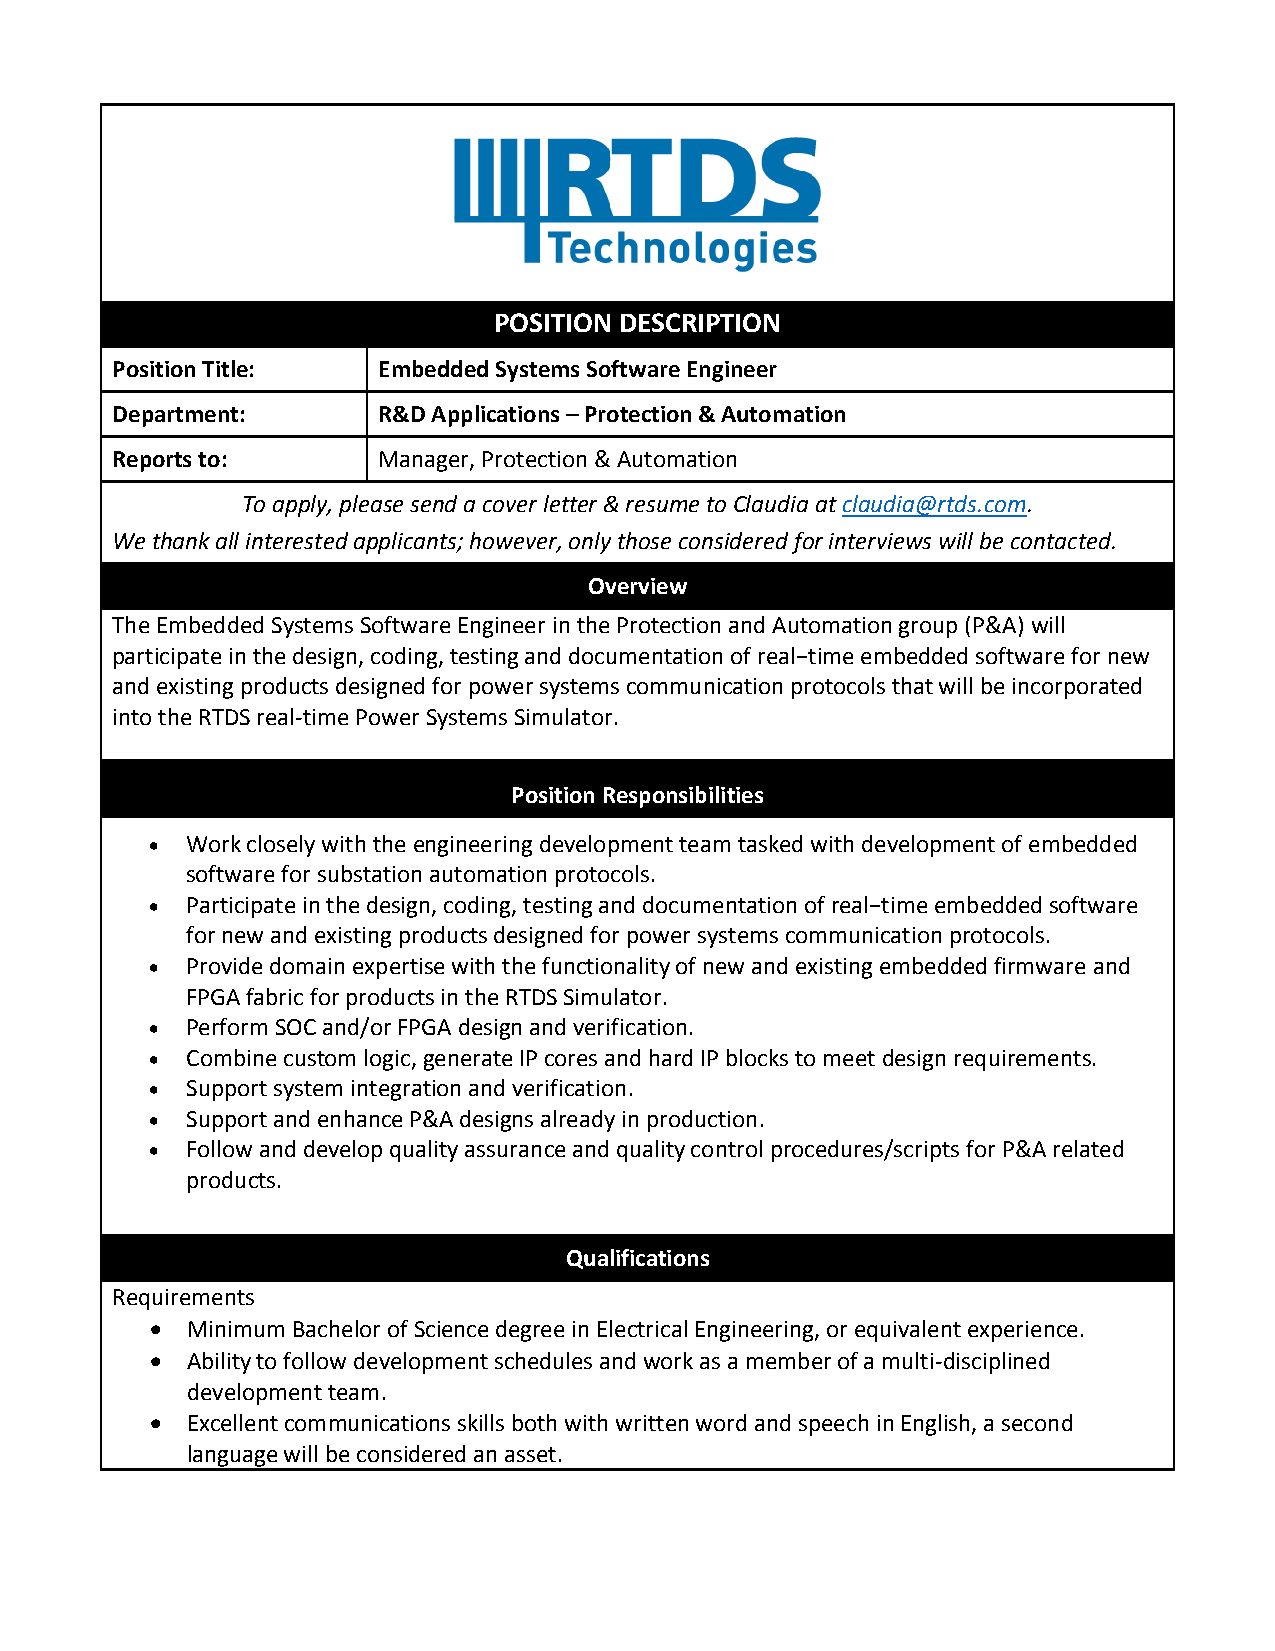
POSITION DESCRIPTION
 Position Title:   Embedded Systems Software Engineer
 Department:       R&D Applications – Protection & Automation
 Reports to:       Manager, Protection & Automation
 To apply, please send a cover letter & resume to Claudia at claudia@rtds.com.
 We thank all interested applicants; however, only those considered for interviews will be contacted.
 Overview
 The Embedded Systems Software Engineer in the Protection and Automation group (P&A) will
 participate in the design, coding, testing and documentation of real−time embedded software for new
 and existing products designed for power systems communication protocols that will be incorporated
 into the RTDS real-time Power Systems Simulator.
 Position Responsibilities
  Work closely with the engineering development team tasked with development of embedded
 software for substation automation protocols.
  Participate in the design, coding, testing and documentation of real−time embedded software
 for new and existing products designed for power systems communication protocols.
  Provide domain expertise with the functionality of new and existing embedded firmware and
 FPGA fabric for products in the RTDS Simulator.
  Perform SOC and/or FPGA design and verification.
  Combine custom logic, generate IP cores and hard IP blocks to meet design requirements.
  Support system integration and verification.
  Support and enhance P&A designs already in production.
  Follow and develop quality assurance and quality control procedures/scripts for P&A related
 products.
 Qualifications
 Requirements
  Minimum Bachelor of Science degree in Electrical Engineering, or equivalent experience.
  Ability to follow development schedules and work as a member of a multi-disciplined
 development team.
  Excellent communications skills both with written word and speech in English, a second
 language will be considered an asset.